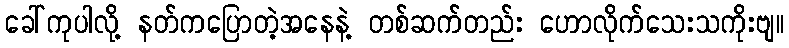
ခေါ်ကုပါလို့ နတ်ကပြောတဲ့အနေနဲ့ တစ်ဆက်တည်း ဟောလိုက်သေးသကိုးဗျ။